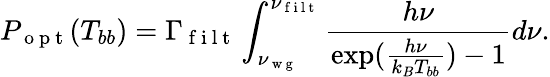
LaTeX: P_{\mathrm{~o~p~t~}}(T_{bb})=\Gamma_{\mathrm{~f~i~l~t~}}\int_{\nu_{\mathrm{~w~g~}}}^{\nu_{\mathrm{~f~i~l~t~}}}\frac{h\nu}{\exp({\frac{h\nu}{k_{B}T_{bb}})}-1}d\nu.